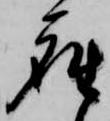
座